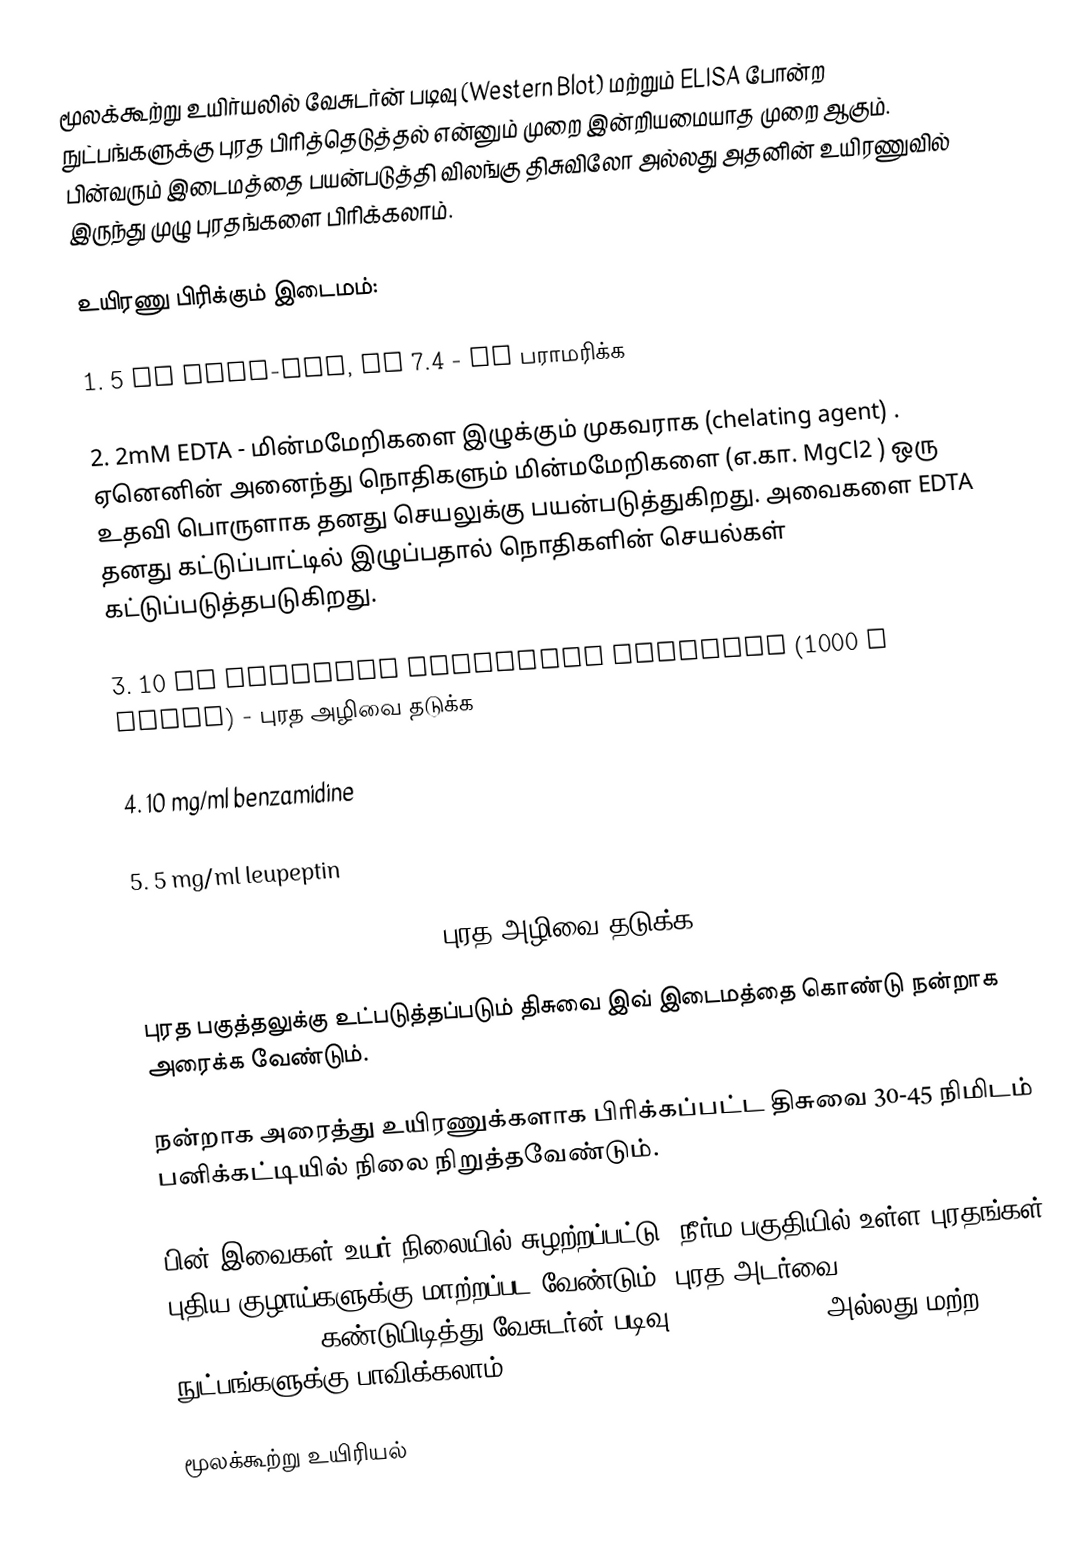
மூலக்கூற்று உயிர்யலில் வேசுடர்ன் படிவு (Western Blot) மற்றும் ELISA போன்ற நுட்பங்களுக்கு புரத பிரித்தெடுத்தல் என்னும் முறை இன்றியமையாத முறை ஆகும். பின்வரும் இடைமத்தை பயன்படுத்தி விலங்கு திசுவிலோ அல்லது அதனின் உயிரணுவில் இருந்து முழு புரதங்களை பிரிக்கலாம்.

உயிரணு பிரிக்கும் இடைமம்:

1.  5 mM Tris-HCl, pH 7.4 - pH பராமரிக்க

2.  2mM EDTA - மின்மமேறிகளை இழுக்கும் முகவராக (chelating agent) . ஏனெனின் அனைந்து நொதிகளும் மின்மமேறிகளை (எ.கா. MgCl2 ) ஒரு உதவி பொருளாக தனது செயலுக்கு பயன்படுத்துகிறது. அவைகளை EDTA தனது கட்டுப்பாட்டில் இழுப்பதால் நொதிகளின் செயல்கள் கட்டுப்படுத்தபடுகிறது.

3. 10 µl Protease  Inhibitor Cocktail (1000 x stock) - புரத அழிவை தடுக்க

4. 10 mg/ml benzamidine

5. 5 mg/ml  leupeptin

6. 5 mg/ml trypsin inhibitor - புரத அழிவை தடுக்க

புரத பகுத்தலுக்கு உட்படுத்தப்படும் திசுவை இவ் இடைமத்தை கொண்டு நன்றாக அரைக்க வேண்டும்.

நன்றாக அரைத்து உயிரணுக்களாக  பிரிக்கப்பட்ட  திசுவை  30-45 நிமிடம் பனிக்கட்டியில் நிலை நிறுத்தவேண்டும்.

பின் இவைகள் உயர் நிலையில் சுழற்றப்பட்டு, நீர்ம பகுதியில் உள்ள புரதங்கள் புதிய குழாய்களுக்கு மாற்றப்பட வேண்டும். புரத அடர்வை (protein concentration) கண்டுபிடித்து வேசுடர்ன் படிவு (Western blot) அல்லது மற்ற நுட்பங்களுக்கு பாவிக்கலாம்.

மூலக்கூற்று உயிரியல்